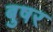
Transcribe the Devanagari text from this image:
बुषर